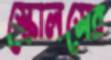
স্কোলসের